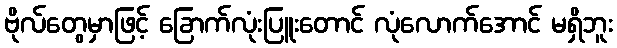
ဗိုလ်တွေမှာဖြင့် ခြောက်လုံးပြူးတောင် လုံလောက်အောင် မရှိဘူး